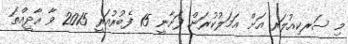
މި ސަރކިއުލަރ އަށް ޢަމަލުކުރަން ފަށާނީ 15 ފެބުރުއަރީ 2015 ވާ އާދީއްތަ